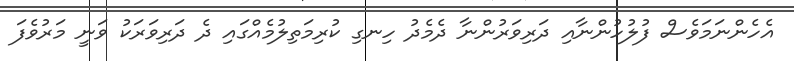
އެހެންނަމަވެސް ފުލުހުންނާއި ދަރިވަރުންނާ ދެމެދު ހިނގި ކުރިމަތިލުމެއްގައި ދެ ދަރިވަރަކު ވަނީ މަރުވެފަ